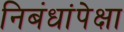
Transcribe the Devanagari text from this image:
निबंधांपेक्षा